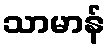
သာမာန်